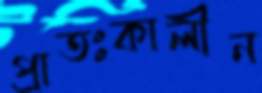
প্রাতঃকালীন